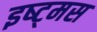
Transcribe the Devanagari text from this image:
इष्ट्मस